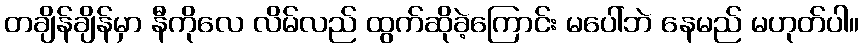
တချိန်ချိန်မှာ နီကိုလေ လိမ်လည် ထွက်ဆိုခဲ့ကြောင်း မပေါ်ဘဲ နေမည် မဟုတ်ပါ။